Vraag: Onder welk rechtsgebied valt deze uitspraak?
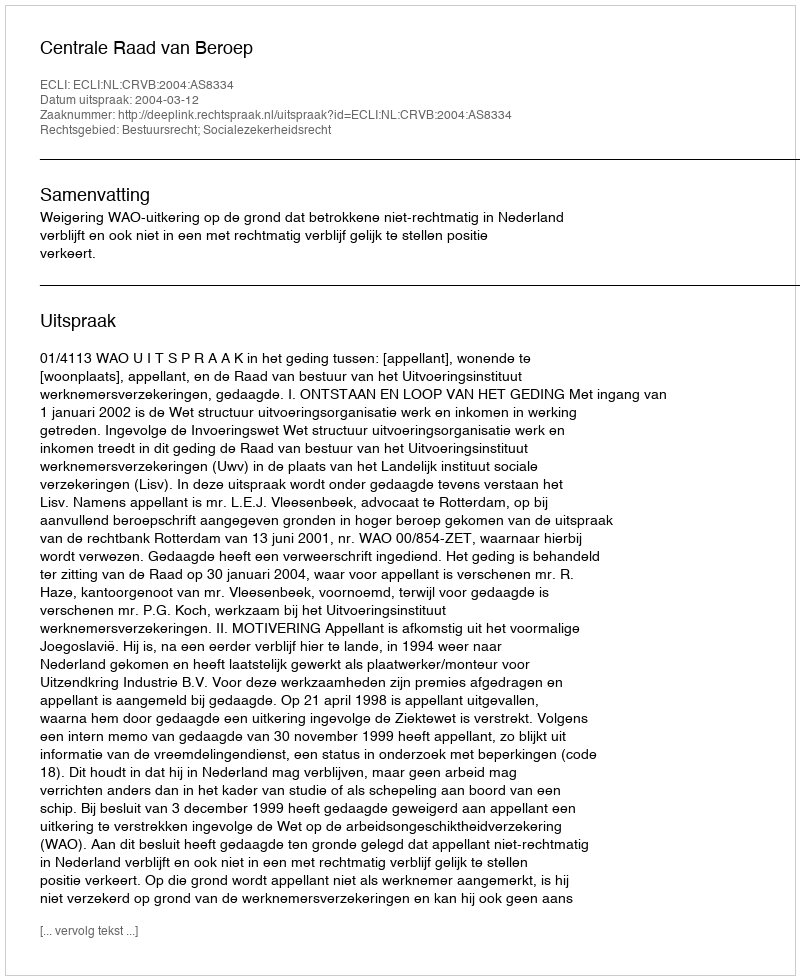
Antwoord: Bestuursrecht; Socialezekerheidsrecht